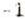
-1